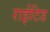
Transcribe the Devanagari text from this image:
राईटिड